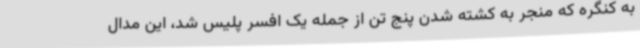
به کنگره که منجر به کشته شدن پنج تن از جمله یک افسر پلیس شد، این مدال